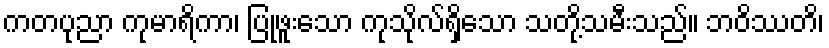
ကတပုညာ ကုမာရိကာ၊ ပြုဖူးသော ကုသိုလ်ရှိသော သတို့သမီးသည်။ ဘဝိဿတိ၊